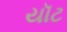
યૉટ